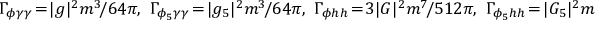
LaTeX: \Gamma _ { \phi \gamma \gamma } \! = \! | g | ^ { 2 } m ^ { 3 } \! / 6 4 \pi , \, \, \Gamma _ { \phi _ { 5 } \gamma \gamma } \! = \! | g _ { 5 } | ^ { 2 } m ^ { 3 } \! / 6 4 \pi , \, \, \Gamma _ { \phi h h } \! = \! 3 | G | ^ { 2 } m ^ { 7 } \! / 5 1 2 \pi , \, \, \Gamma _ { \phi _ { 5 } h h } \! = \! | G _ { 5 } | ^ { 2 } m ^ { 7 } \! / 5 1 2 \pi .